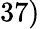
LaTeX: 37)